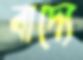
বাদ্যে